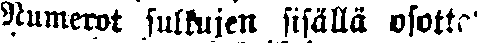
Numerot sulkujen sisällä osotta